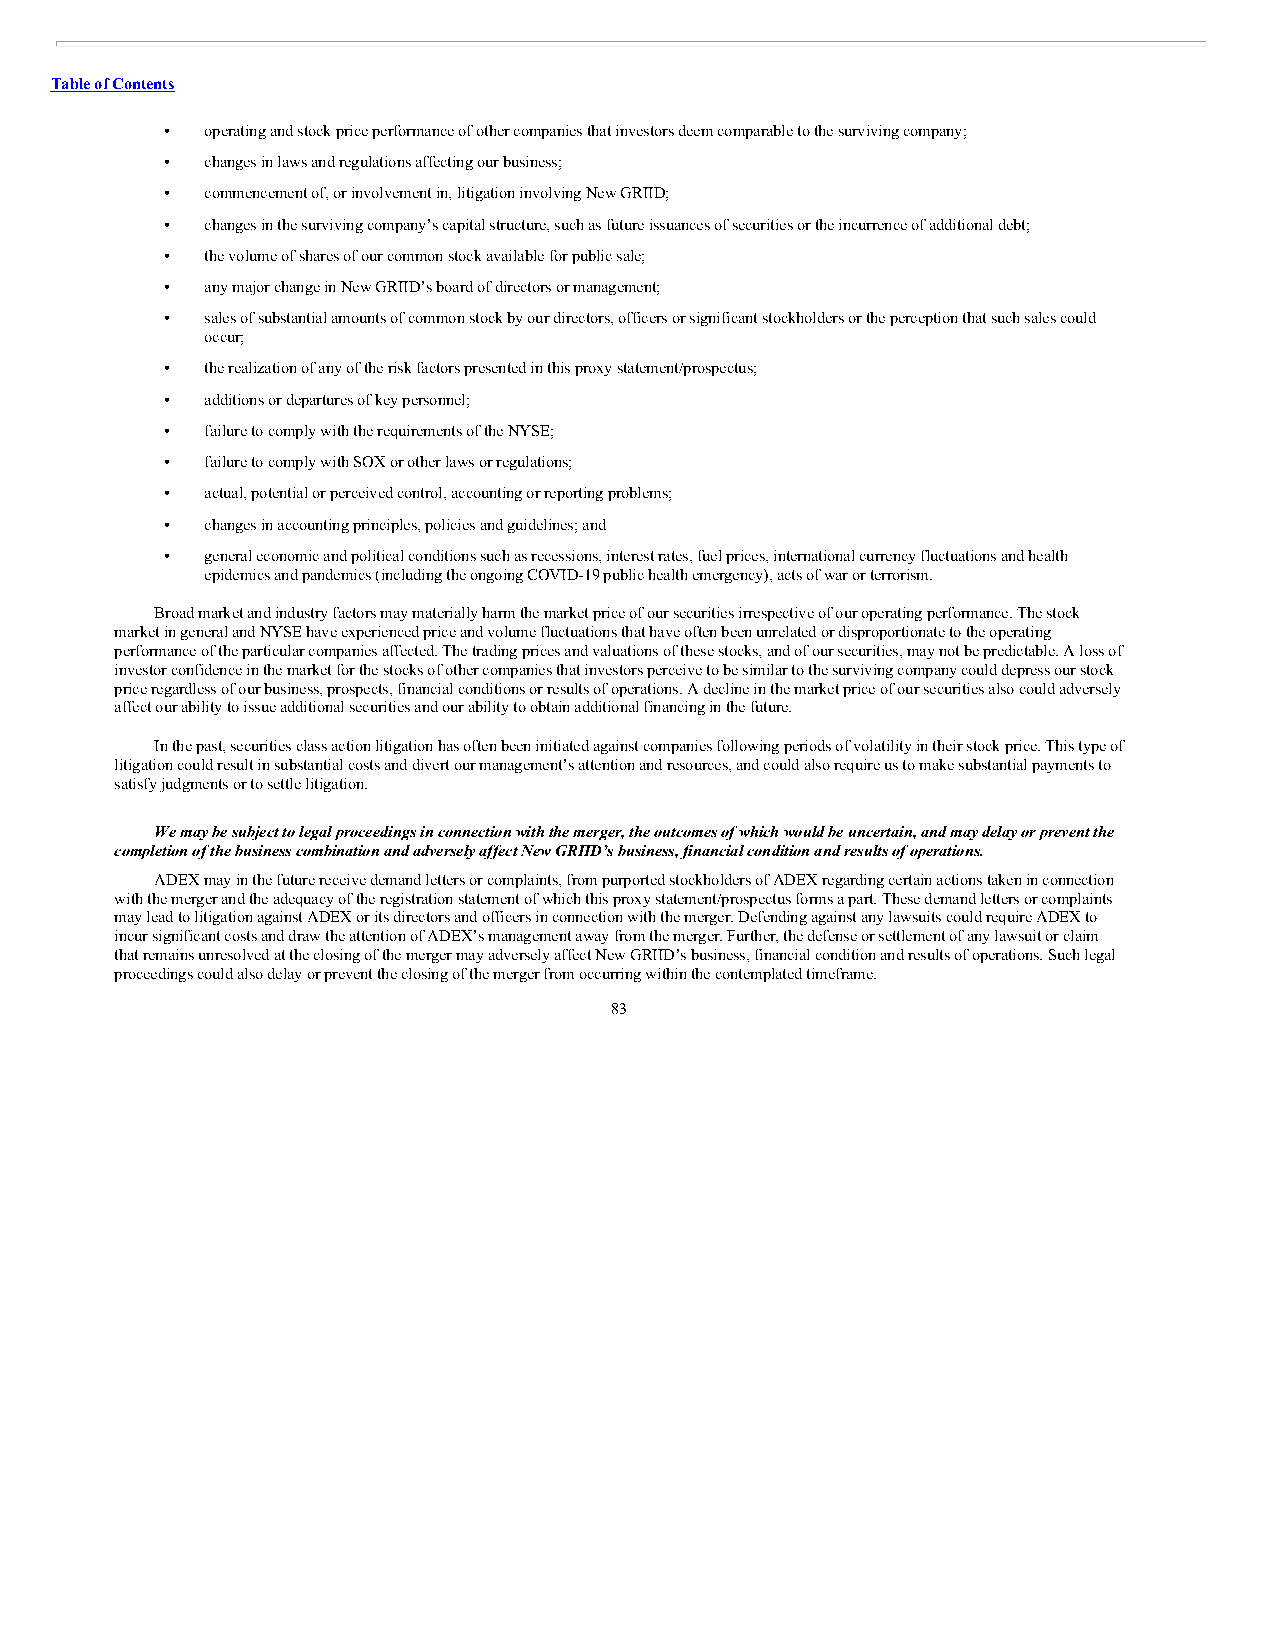
Table of Contents
 •  operating and stock price performance of other companies that investors deem comparable to the surviving company;
 •  changes in laws and regulations affecting our business;
 •  commencement of, or involvement in, litigation involving New GRIID;
 •  changes in the surviving company’s capital structure, such as future issuances of securities or the incurrence of additional debt;
 •  the volume of shares of our common stock available for public sale;
 •  any major change in New GRIID’s board of directors or management;
 •  sales of substantial amounts of common stock by our directors, officers or significant stockholders or the perception that such sales could
 occur;
 •  the realization of any of the risk factors presented in this proxy statement/prospectus;
 •  additions or departures of key personnel;
 •  failure to comply with the requirements of the NYSE;
 •  failure to comply with SOX or other laws or regulations;
 •  actual, potential or perceived control, accounting or reporting problems;
 •  changes in accounting principles, policies and guidelines; and
 •  general economic and political conditions such as recessions, interest rates, fuel prices, international currency fluctuations and health
 epidemics and pandemics (including the ongoing COVID-19 public health emergency), acts of war or terrorism.
 Broad market and industry factors may materially harm the market price of our securities irrespective of our operating performance. The stock
 market in general and NYSE have experienced price and volume fluctuations that have often been unrelated or disproportionate to the operating
 performance of the particular companies affected. The trading prices and valuations of these stocks, and of our securities, may not be predictable. A loss of
 investor confidence in the market for the stocks of other companies that investors perceive to be similar to the surviving company could depress our stock
 price regardless of our business, prospects, financial conditions or results of operations. A decline in the market price of our securities also could adversely
 affect our ability to issue additional securities and our ability to obtain additional financing in the future.
 In the past, securities class action litigation has often been initiated against companies following periods of volatility in their stock price. This type of
 litigation could result in substantial costs and divert our management’s attention and resources, and could also require us to make substantial payments to
 satisfy judgments or to settle litigation.
 We may be subject to legal proceedings in connection with the merger, the outcomes of which would be uncertain, and may delay or prevent the
 completion of the business combination and adversely affect New GRIID’s business, financial condition and results of operations.
 ADEX may in the future receive demand letters or complaints, from purported stockholders of ADEX regarding certain actions taken in connection
 with the merger and the adequacy of the registration statement of which this proxy statement/prospectus forms a part. These demand letters or complaints
 may lead to litigation against ADEX or its directors and officers in connection with the merger. Defending against any lawsuits could require ADEX to
 incur significant costs and draw the attention of ADEX’s management away from the merger. Further, the defense or settlement of any lawsuit or claim
 that remains unresolved at the closing of the merger may adversely affect New GRIID’s business, financial condition and results of operations. Such legal
 proceedings could also delay or prevent the closing of the merger from occurring within the contemplated timeframe.
 83